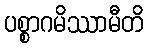
ပစ္စာဂမိဿာမီတိ